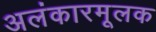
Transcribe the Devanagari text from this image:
अलंकारमूलक